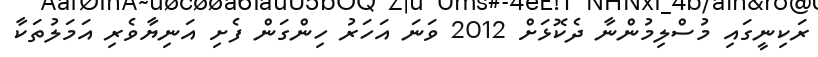
ރަކިނީގައި މުސްލިމުންނާ ދެކޮޅަށް 2012 ވަނަ އަހަރު ހިންގަން ފެށި އަނިޔާވެރި އަމަލުތަކާ